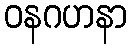
ဝနဂဟနာ